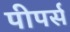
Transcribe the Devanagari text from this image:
पीपर्स